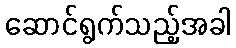
ဆောင်ရွက်သည့်အခါ